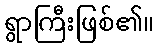
ရွာကြီးဖြစ်၏။